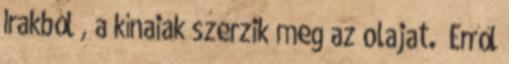
Irakból , a kínaiak szerzik meg az olajat.” Erről